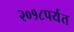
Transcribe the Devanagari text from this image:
२०१८पर्यंत